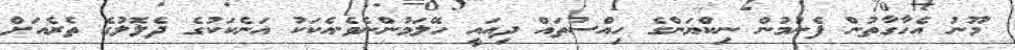
މޫނު އެހާގާތުން ފެނުމުން ނިކްޔަންގެ ހިއްސުތައް ދިއައީ ހޭލަމުންނެވެ.އެކަކު އަނެކަކުގެ ދެލޮލުގެ ތެރެއަށް